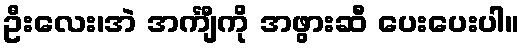
ဦးလေး၊အဲ အင်္ကျီကို အဖွားဆီ ပေးပေးပါ။